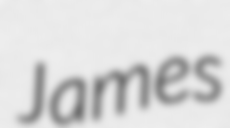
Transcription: James